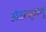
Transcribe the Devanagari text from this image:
अंतस्सूत्राणु